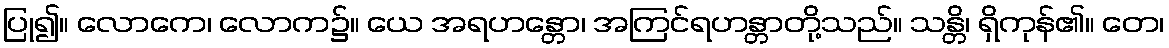
ပြု၍။ လောကေ၊ လောက၌။ ယေ အရဟန္တော၊ အကြင်ရဟန္တာတို့သည်။ သန္တိ၊ ရှိကုန်၏။ တေ၊